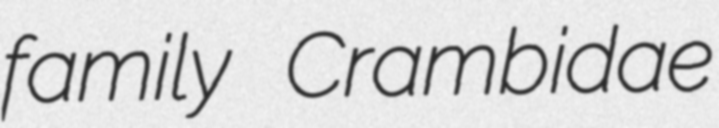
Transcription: family Crambidae